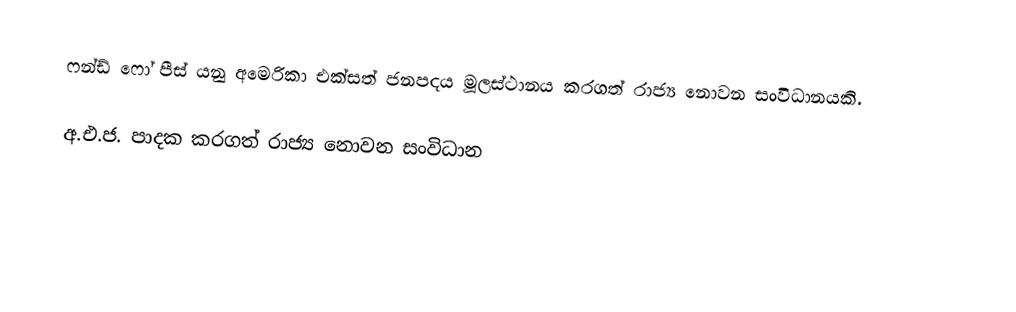
ෆන්ඩ් ෆෝ පීස් යනු අමෙරිකා එක්සත් ජනපදය මූලස්ථානය කරගත් රාජ්‍ය නොවන සංවිධානයකි.

අ.එ.ජ. පාදක කරගත් රාජ්‍ය නොවන සංවිධාන